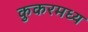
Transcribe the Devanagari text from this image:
कुकरमध्य